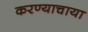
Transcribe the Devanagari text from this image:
करण्याचाया